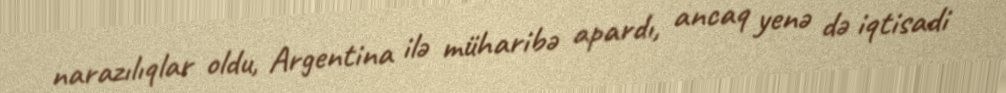
narazılıqlar oldu, Argentina ilə müharibə apardı, ancaq yenə də iqtisadi